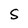
Character: S